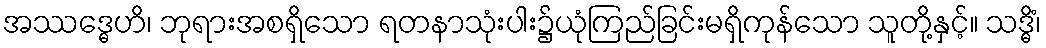
အဿဒ္ဓေဟိ၊ ဘုရားအစရှိသော ရတနာသုံးပါး၌ယုံကြည်ခြင်းမရှိကုန်သော သူတို့နှင့်။ သဒ္ဓိံ၊